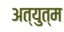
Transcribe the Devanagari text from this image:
अत्युत्म